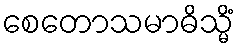
စေတောသမာဓိသ္မိံ